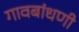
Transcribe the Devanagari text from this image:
गावबांधणी